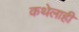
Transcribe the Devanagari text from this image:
कथेलाही